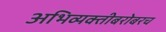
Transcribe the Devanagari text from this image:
अभिव्यक्तीबरोबरच